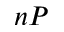
n P